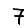
Digit: 7